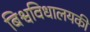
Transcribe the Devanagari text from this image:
बिश्वविधालयकी